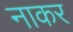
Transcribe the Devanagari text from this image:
नाकर